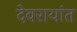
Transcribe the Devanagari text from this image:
देवरायांत